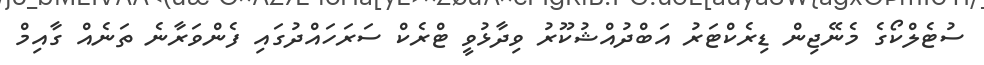
ސުޓެލްކޯގެ މެނޭޖިން ޑިރެކްޓަރު އަބްދުއްޝުކޫރު ވިދާޅުވީ ޓްރެކް ސަރަހައްދުގައި ފެންވަރާނެ ތަނެއް ގާއިމް